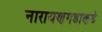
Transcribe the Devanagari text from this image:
नारायणगडाकडे